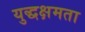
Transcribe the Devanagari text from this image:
युद्धक्षमता